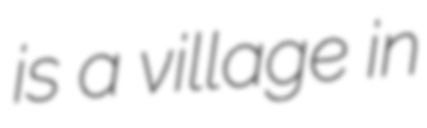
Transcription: is a village in